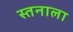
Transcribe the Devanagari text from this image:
स्तनाला